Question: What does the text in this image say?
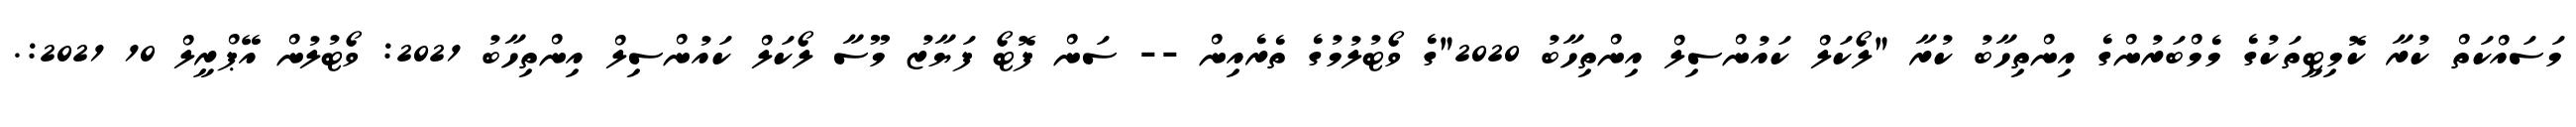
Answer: މަސައްކަތް ކުރާ ކޮމިޓީތަކުގެ މެމްބަރުންގެ އިންތިހާބު ކުރާ "ލޯކަލް ކައުންސިލް އިންތިހާބު 2020"ގެ ވޯޓުލުމުގެ ތެރެއިން -- ސަން ފޮޓޯ ފަޔާޒު މޫސާ ލޯކަލް ކައުންސިލް އިންތިހާބު 2021: ވޯޓުލުން އޭޕްރީލް 10 2021:.